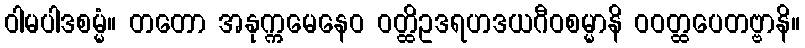
ဝါမပါဒစမ္မံ။ တတော အနုက္ကမေနေဝ ဝတ္ထိဥဒရဟဒယဂီဝစမ္မာနိ ဝဝတ္ထပေတဗ္ဗာနိ။